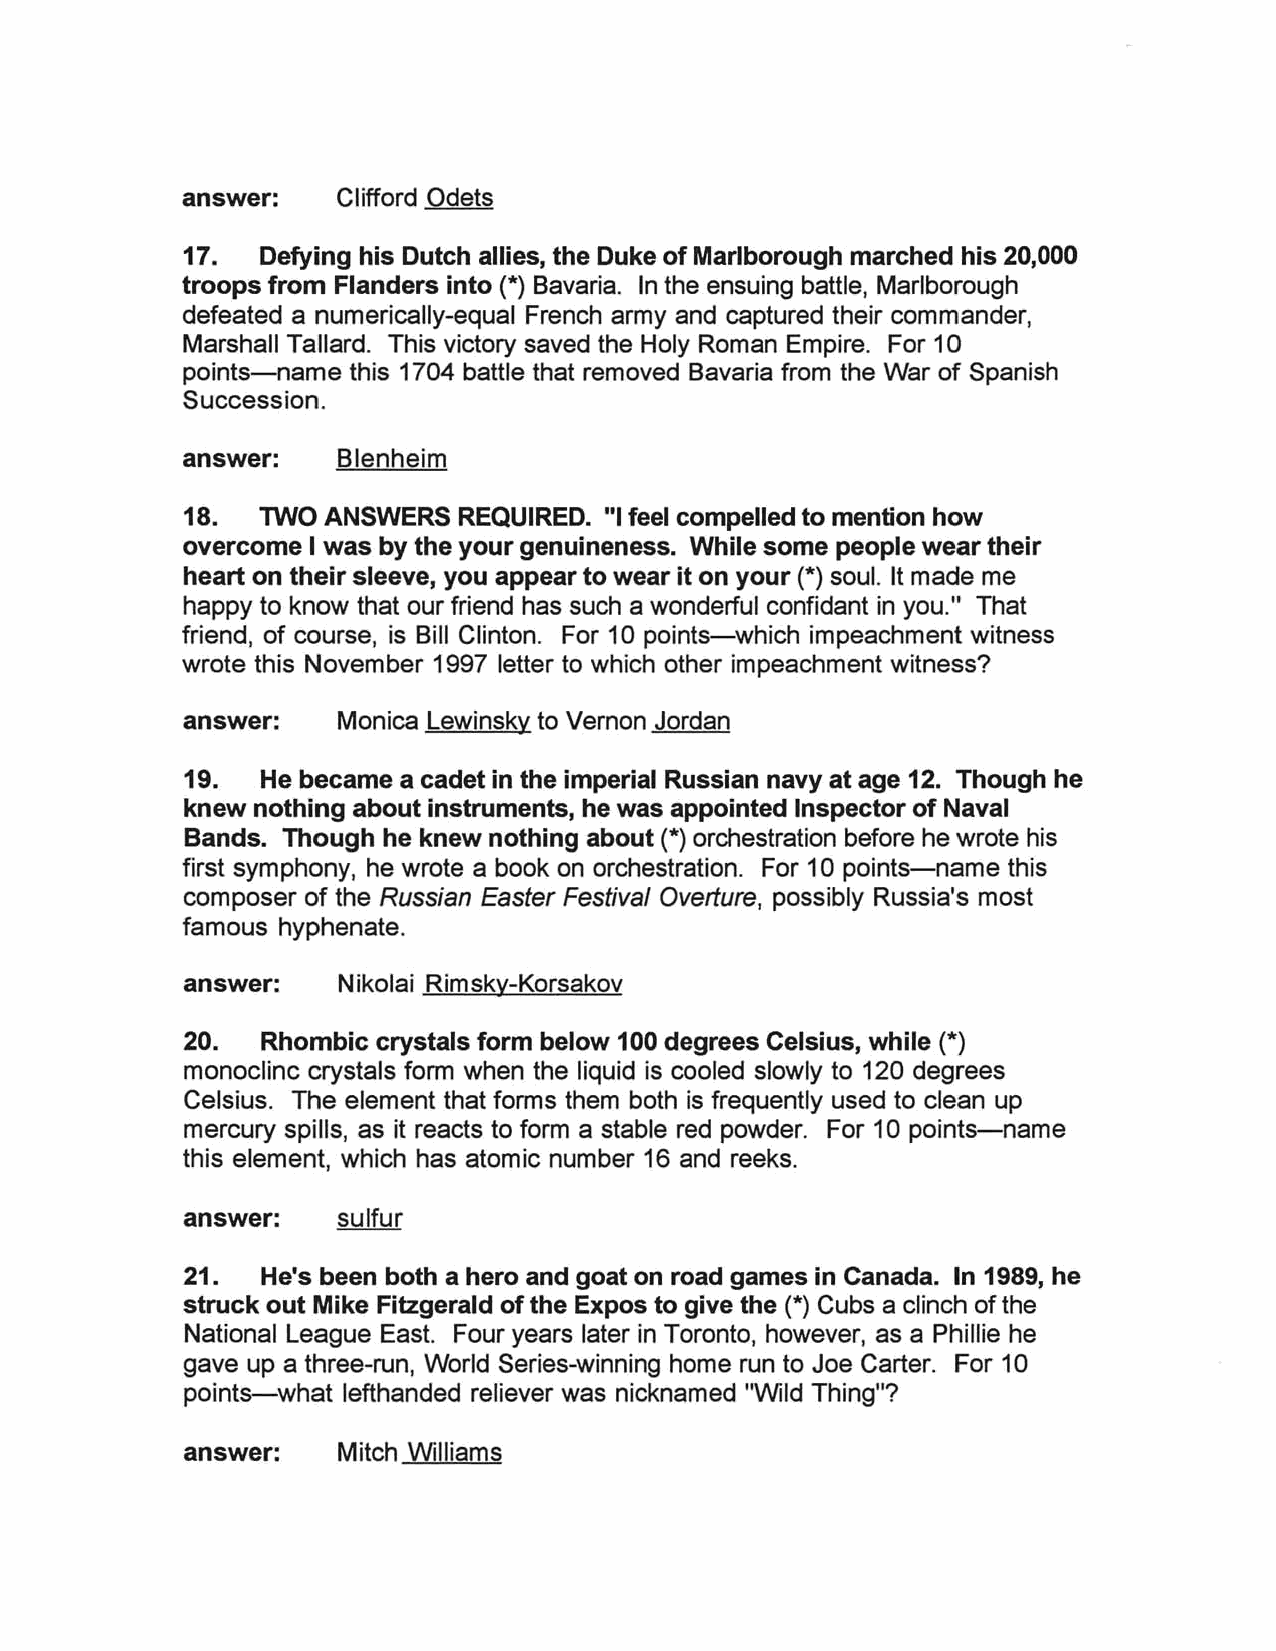
answer:   Clifford Odets
 17.  Defying his Dutch allies, the Duke of Marlborough marched his 20,000
 troops from Flanders into (*) Bavaria. In the ensuing battle, Marlborough
 defeated a numerically-equal French army and captured their commander,
 Marshall Tallard. This victory saved the Holy Roman Empire. For 10
 points-name this 1704 battle that removed Bavaria from the War of Spanish
 Succession.
 answer:   Blenheim
 18.  TWO  ANSWERS REQUIRED. "I feel compelled to mention how
 overcome I was by the your genuineness. While some people wear their
 heart on their sleeve, you appear to wear it on your (*) soul. It made me
 happy to know that our friend has such a wonderful confidant in you." That
 friend, of course, is Bill Clinton. For 10 points-which impeachment witness
 wrote this November 1997 letter to which other impeachment witness?
 answer:   Monica Lewinsky to Vernon Jordan
 19.  He became a cadet in the imperial Russian navy at age 12. Though he
 knew nothing about instruments, he was apPOinted Inspector of Naval
 Bands. Though he knew nothing about (*) orchestration before he wrote his
 first symphony, he wrote a book on orchestration. For 10 points-name this
 composer of the Russian Easter Festival Overture, possibly Russia's most
 famous hyphenate.
 answer:   Nikolai Rimsky-Korsakov
 20.  Rhombic crystals form below 100 degrees Celsius, while (*)
 monoclinc crystals form when the liquid is cooled slowly to 120 degrees
 Celsius. The element that forms them both is frequently used to clean up
 mercury spills, as it reacts to form a stable red powder. For 10 points-name
 this element, which has atomic number 16 and reeks.
 answer:   sulfur
 21.  He's been both a hero and goat on road games in Canada. In 1989, he
 struck out Mike Fitzgerald of the Expos to give the (*) Cubs a clinch of the
 National League East. Four years later in Toronto, however, as a Phillie he
 gave up a three-run, World Series-winning home run to Joe Carter. For 10
 points-what lefthanded reliever was nicknamed "Wild Thing"?
 answer:   Mitch Williams